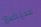
سيضع